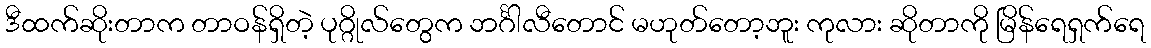
ဒီထက်ဆိုးတာက တာဝန်ရှိတဲ့ ပုဂ္ဂိုလ်တွေက ဘင်္ဂါလီတောင် မဟုတ်တော့ဘူး ကုလား ဆိုတာကို မြိန်ရေရှက်ရေ